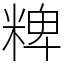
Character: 粺